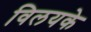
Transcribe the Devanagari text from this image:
विलयके